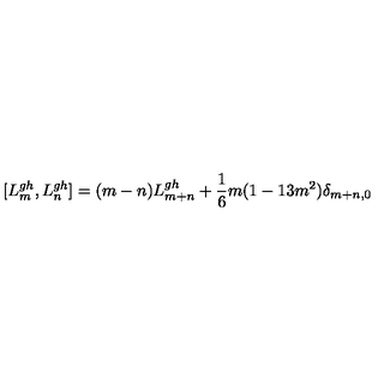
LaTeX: [ L _ { m } ^ { g h } , L _ { n } ^ { g h } ] = ( m - n ) L _ { m + n } ^ { g h } + \frac { 1 } { 6 } m ( 1 - 1 3 m ^ { 2 } ) \delta _ { m + n , 0 }